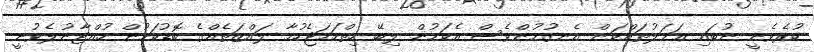
ކުރެވެނީ ނުބައި ޢަމަލުތައްކަން އެނގުމުންވެސް އެކަމުން ލިބޭ ހިތްހަމަޖެހުމާ ލައްޒަތެއްގެ ބޮޑުކަމުން ހުއްޓާނުލެވުނީ